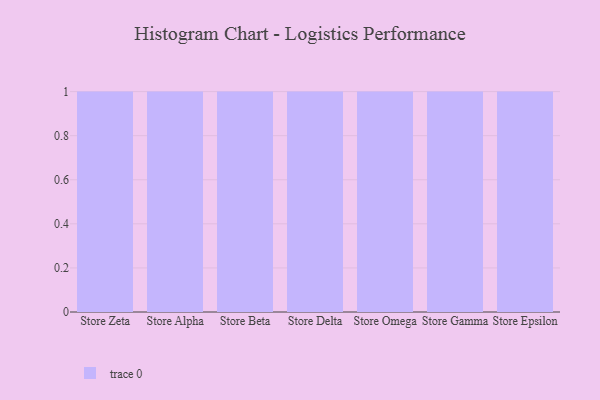
{"axis": {"x": "Store", "y": "Energy Usage (MWh)"}, "legend": [""], "data": [{"x": "Store Zeta", "y": 74, "type": ""}, {"x": "Store Alpha", "y": 50, "type": ""}, {"x": "Store Beta", "y": 13, "type": ""}, {"x": "Store Delta", "y": 51, "type": ""}, {"x": "Store Omega", "y": 84, "type": ""}, {"x": "Store Gamma", "y": 53, "type": ""}, {"x": "Store Epsilon", "y": 45, "type": ""}]}